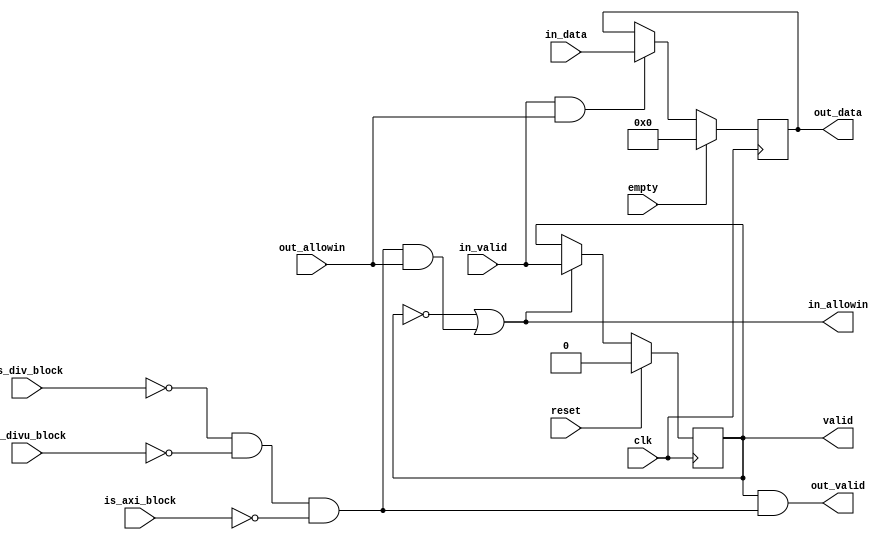
module ID_EXE_reg(
    input           clk,
    input           reset,

    input           empty,

    input           is_div_block,
    input           is_divu_block,
    input           is_axi_block,

    output          in_allowin,
    input           in_valid,//valid,1
    input [213:0]    in_data,

    input           out_allowin,//
    output          out_valid,//valid
    output reg [213:0]   out_data,

    output reg      valid
);
wire        ready_go;//()

assign ready_go      = !is_div_block & !is_divu_block & !is_axi_block;
assign in_allowin       = !valid || ready_go && out_allowin;//  
assign out_valid   = valid && ready_go;

always @(posedge clk) begin
    if(reset) begin
        valid <= 1'b0;
    end 
    else if (in_allowin) begin
        valid <= in_valid;
    end    
    if(empty) begin
        out_data <= 0;
    end
    else if(in_valid && out_allowin) begin
        out_data <= in_data;
    end
end

endmodule